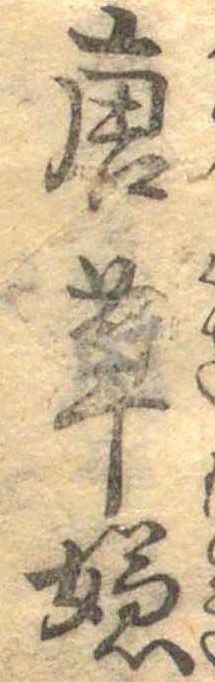
唐草嫌